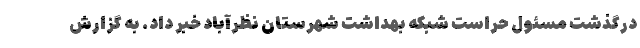
درگذشت مسئول حراست شبکه بهداشت شهرستان نظرآباد خبر داد. به گزارش